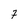
Character: 7